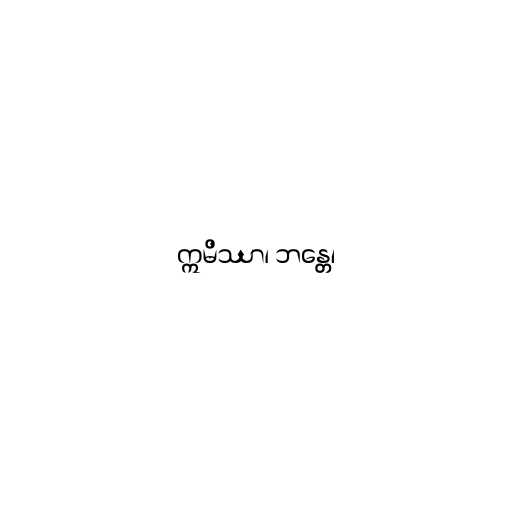
ဣမိဿာ၊ ဘန္တေ၊